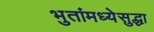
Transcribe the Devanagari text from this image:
भुतांमध्येसुद्धा